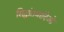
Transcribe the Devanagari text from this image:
सिद्धांतवादिओ